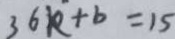
3 6 k + b = 1 5